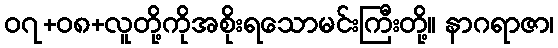
၀၇+၀၈+လူတို့ကိုအစိုးရသောမင်းကြီးတို့။ နာဂရာဇာ၊